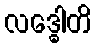
လဒ္ဓေါတိ